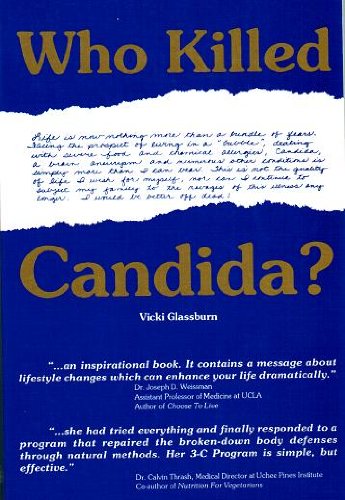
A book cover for Who Killed Candida?; Vicki Glassburn; Health, Fitness & Dieting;